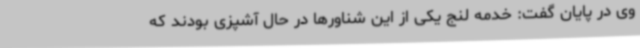
وی در پایان گفت: خدمه لنج یکی از این شناورها در حال آشپزی بودند که